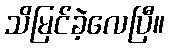
သိမြင်ခဲ့လေပြီ။